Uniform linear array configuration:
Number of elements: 12
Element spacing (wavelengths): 1
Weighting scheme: uniform
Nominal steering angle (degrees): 15
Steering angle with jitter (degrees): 13.326
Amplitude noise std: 0.05
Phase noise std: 0.05

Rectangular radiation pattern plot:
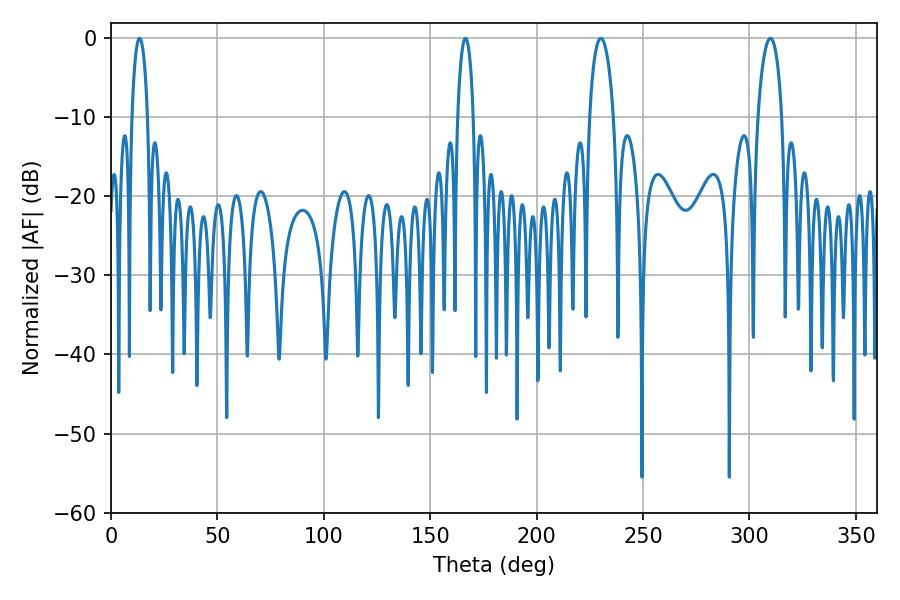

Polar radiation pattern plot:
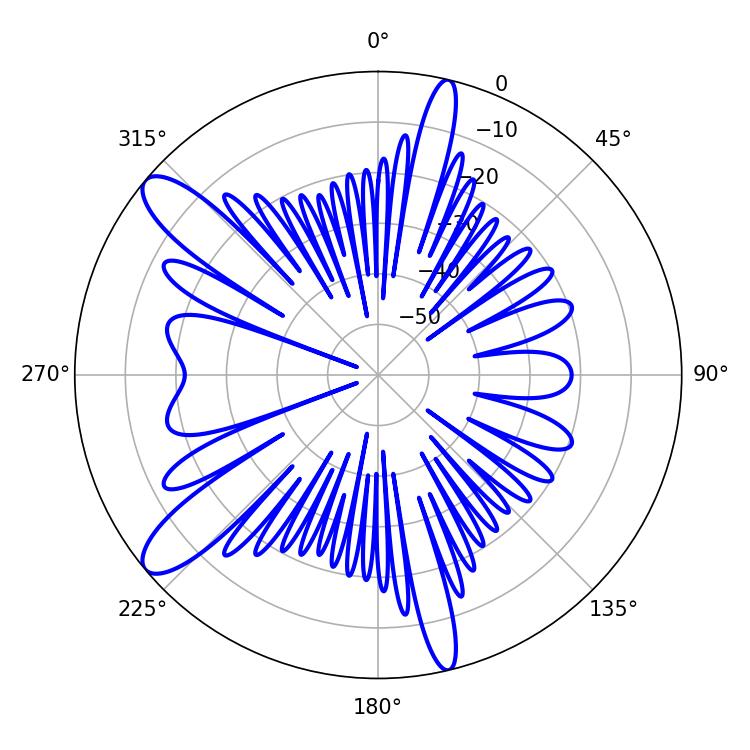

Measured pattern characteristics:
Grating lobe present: TRUE
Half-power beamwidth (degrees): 6.48
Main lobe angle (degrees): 230.22